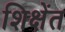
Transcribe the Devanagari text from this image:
शिक्षेंत